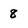
Character: 8